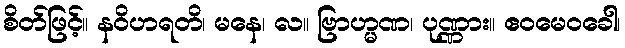
စိတ်ဖြင့်။ နဝိဟရတိ၊ မနေ၊ လ။ ဗြာဟ္မဏ၊ ပုဏ္ဏား။ ဧဝမေဝခေါ၊